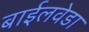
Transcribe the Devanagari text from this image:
बाईलवेडा